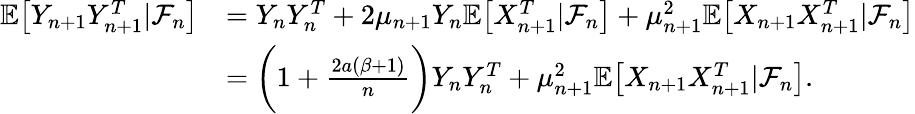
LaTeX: \begin{array}{rl}{\mathbb{E}\big[Y_{n+1}Y_{n+1}^{T}|\mathcal{F}_{n}\big]}&{=Y_{n}Y_{n}^{T}+2\mu_{n+1}Y_{n}\mathbb{E}\big[X_{n+1}^{T}|\mathcal{F}_{n}\big]+\mu_{n+1}^{2}\mathbb{E}\big[X_{n+1}X_{n+1}^{T}|\mathcal{F}_{n}\big]}\\ &{=\bigg(1+\frac{2a(\beta+1)}{n}\bigg)Y_{n}Y_{n}^{T}+\mu_{n+1}^{2}\mathbb{E}\big[X_{n+1}X_{n+1}^{T}|\mathcal{F}_{n}\big].}\end{array}